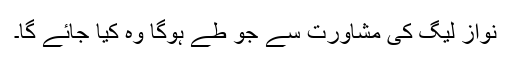
نواز لیگ کی مشاورت سے جو طے ہوگا وہ کیا جائے گا۔